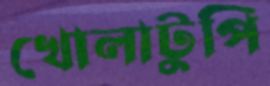
খোলাটুপি